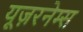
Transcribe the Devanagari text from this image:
यूज़रनेम्स